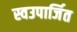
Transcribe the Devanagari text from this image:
स्वउपार्जित